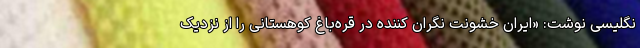
نگلیسی نوشت: «ایران خشونت نگران کننده در قره‌باغ کوهستانی را از نزدیک